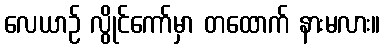
လေယာဉ် လွိုင်ကော်မှာ တထောက် နားမလား။